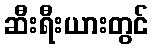
ဆီးရီးယားတွင်